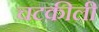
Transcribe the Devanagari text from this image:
चटकीली